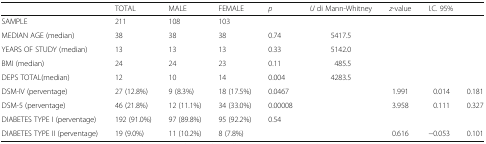
|  | TOTAL | MALE | FEMALE | p | U di Mann-Whitney | z-value | <COLSPAN=2> I.C. 95% |
 | --- | --- | --- | --- | --- | --- | --- | --- | --- |
 | SAMPLE | 211 | 108 | 103 |  |  |  |  |  |
 | MEDIAN AGE (median) | 38 | 38 | 38 | 0.74 | 5417.5 |  |  |  |
 | YEARS OF STUDY (median) | 13 | 13 | 13 | 0.33 | 5142.0 |  |  |  |
 | BMI (median) | 24 | 24 | 23 | 0.11 | 485.5 |  |  |  |
 | DEPS TOTAL(median) | 12 | 10 | 14 | 0.004 | 4283.5 |  |  |  |
 | DSM-IV (perventage) | 27 (12.8%) | 9 (8.3%) | 18 (17.5%) | 0.0467 |  | 1.991 | 0.014 | 0.181 |
 | DSM-5 (perventage) | 46 (21.8%) | 12 (11.1%) | 34 (33.0%) | 0.00008 |  | 3.958 | 0.111 | 0.327 |
 | DIABETES TYPE I (perventage) | 192 (91.0%) | 97 (89.8%) | 95 (92.2%) | <ROWSPAN=2> 0.54 |  |  |  |  |
 | DIABETES TYPE II (perventage) | 19 (9.0%) | 11 (10.2%) | 8 (7.8%) |  | 0.616 | −0.053 | 0.101 |